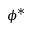
\phi ^ { * }